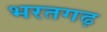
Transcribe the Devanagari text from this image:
भरतगढ़